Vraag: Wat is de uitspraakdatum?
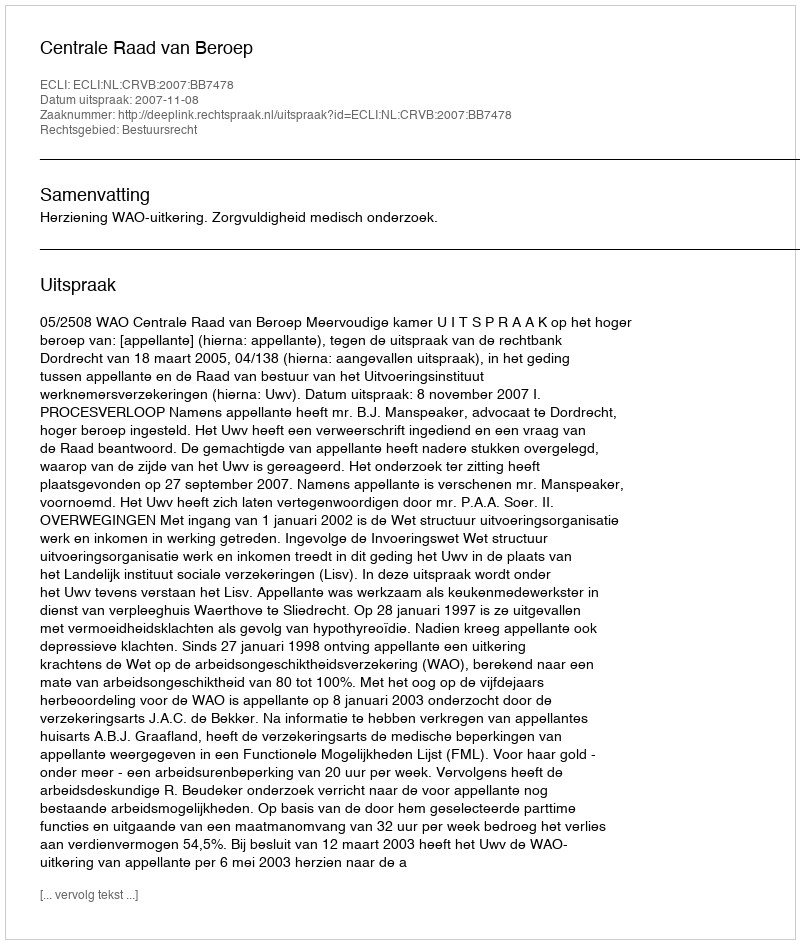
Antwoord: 2007-11-08